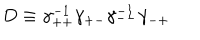
LaTeX: D \equiv \gamma _ { + + } ^ { - 1 } \gamma _ { + - } \gamma _ { -- } ^ { - 1 } \gamma _ { - + }